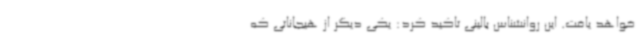
خواهد یافت. این روانشناس بالینی تاکید کرد: یکی دیگر از هیجاناتی که